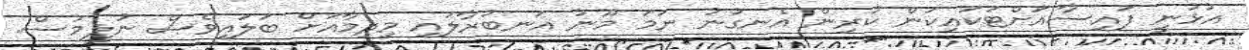
އުޅުނީ ފައިސާއަށްޓަކައިކަން ކުރިން އެނގުނު ނަމަ މޫނު އަނބުރާލައި މިދިމާއަށް ބަލައިވެސް ނުލީމުސް.